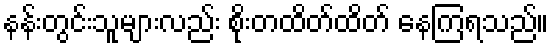
နန်းတွင်းသူများလည်း စိုးတထိတ်ထိတ် နေကြရသည်။